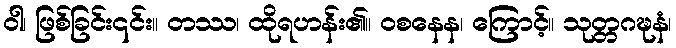
ဝါ၊ ဖြစ်ခြင်း၎င်း။ တဿ၊ ထိုရဟန်း၏။ ဝစနေန၊ ကြောင့်။ သုတ္တဂဍ္ဎနံ၊